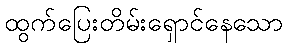
ထွက်ပြေးတိမ်းရှောင်နေသော